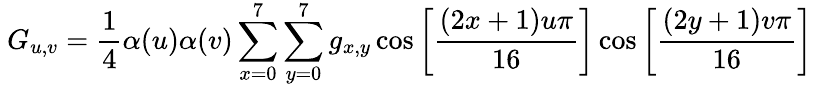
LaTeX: \ G_{u,v}={\frac{1}{4}}\alpha(u)\alpha(v)\sum_{x=0}^{7}\sum_{y=0}^{7}g_{x,y}\cos\left[{\frac{(2x+1)u\pi}{16}}\right]\cos\left[{\frac{(2y+1)v\pi}{16}}\right]